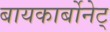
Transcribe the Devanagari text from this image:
बायकार्बोनेट्